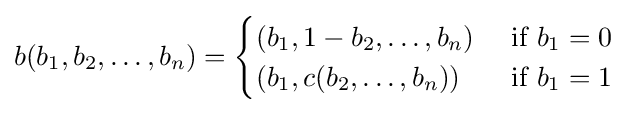
b(b_{1},b_{2},\ldots ,b_{n})={\begin{cases}(b_{1},1-b_{2},\ldots ,b_{n})&{\text{ if }}b_{1}=0\\(b_{1},c(b_{2},\ldots ,b_{n}))&{\text{ if }}b_{1}=1\end{cases}}